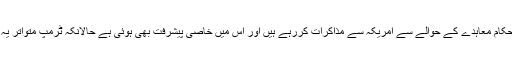
داروچ نے کہا کہ یو کے، فرانس اور جرمنی کے سینیئر حکام معاہدے کے حوالے سے امریکہ سے مذاکرات کررہے ہیں اور اس میں خاصی پیشرفت بھی ہوئی ہے حالانکہ ٹرمپ متواتر یہ کہہ رہے ہیں کہ امریکہ معاہدے باقاعدہ الگ ہو جائے گا۔